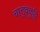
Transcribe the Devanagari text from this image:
चात्तुक्कुट्टि